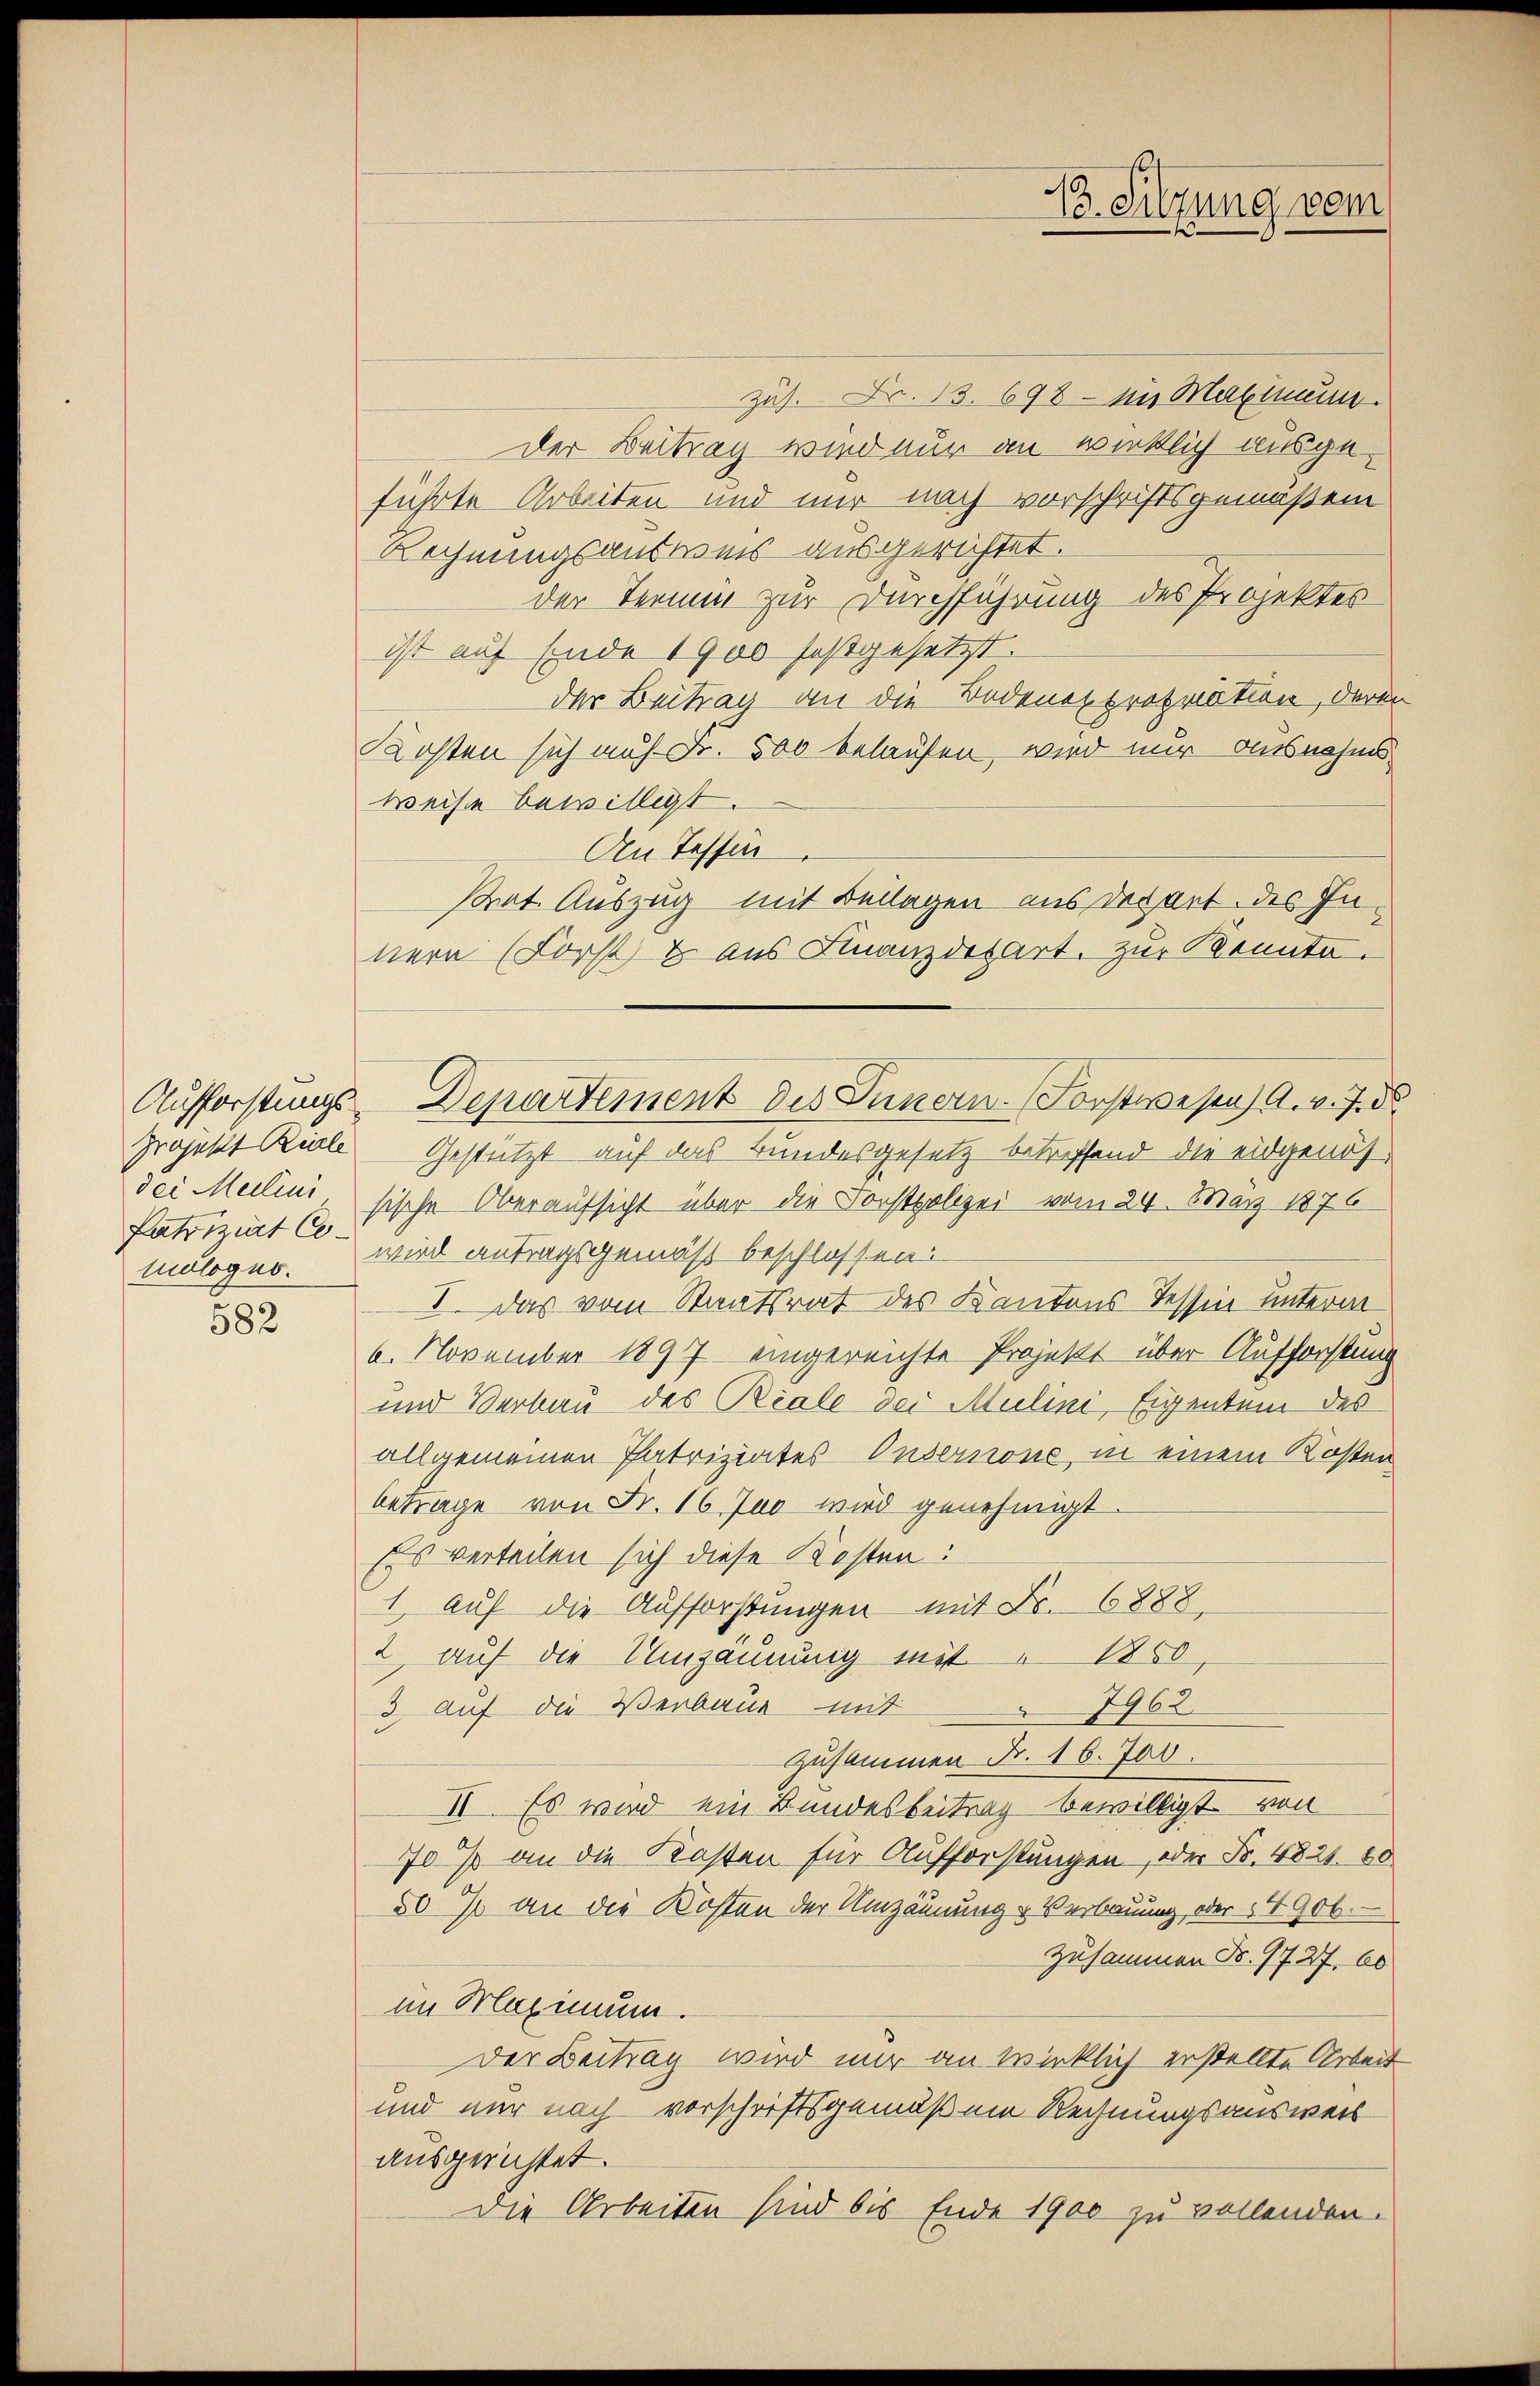
Patriziat Co¬

582

zus. Fr. 13. 698 - bis Maximum.
der Beitrag wird nur an wirklich ausgeführte Arbeiten und mir nach vorschriftsgemäßen
Rechnungsausweis ausgerichtet.
der Termin zur Durchführung des Projektes
ist auf Ende 1900 festgesetzt.
der Beitrag an die Bodenexpropriation, deren
Kosten sich auf Fr. 500 belaufen, wird nur ausnahmsweise bewilligt.
An Tessin
strat Auszug mit Beilagen aus derart des Innern (Forst & aus Finanzdepart. zur Kennte.
Projekt Kiele Gestützt auf das Bundesgesetz betreffend die eidgenösdei Meilini, sische Oberaufsicht über die Forstpolizei vom 24. März 1876
mologer. wird antragsgemäß beschlossen:
I. Das vom Staatsrat des Kantons Tessin unterm
6. November 1897 eingereichte Projekt über Aufforstung
und Verbau des Reale der Mulini, Eigentum des
allgemeinen Patriziates Onsernone, in einem Kosten
betrage von Fr. 16 Juo wird genehmigt.
Es verteilen sich diese Kosten:
1. Auf die Aufforstungen mit Fr. 6888.
2, auf die Umzäunung mit 1850,
7962
3 auf die Verbaue mit
zusammen Fr. 16. 700.
II. Es wird ein Bundesbeitrag bewilligt, von
70 % an die Kosten für Aufforstungen, oder Fr. 4821. 80
50 % an die Kosten der Umzäunung - Verbauung, oder § 4906.
zusammen No. 7727. 60
im Maximum.
Der Beitrag wird nur an wirklich erstellte Arbeit
und nur nach vorschriftsgemäßen Rechnungsausweis
ausgerichtet.
Die Arbeiten sind bis Ende 1900 zu vollenden.

Aufforstungs-Departement des Innern. (Forstwesen A. v. J. de

B. Silzung vom